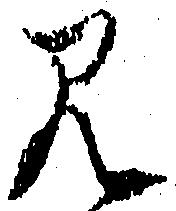
見